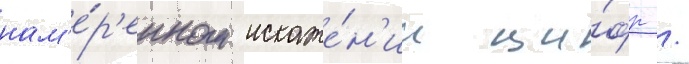
нам'е́р'енном искаже́н'ии ци́фр /